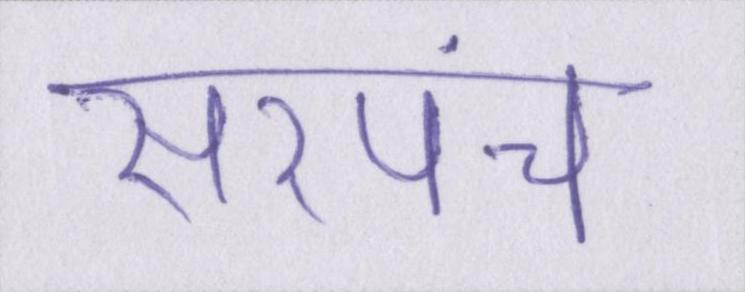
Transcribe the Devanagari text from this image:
सरपंच